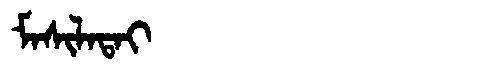
Manchu: ᠮᠠᠰᡳᠯᠠᡨᠠᡳ
Romanization: MASILATAI